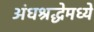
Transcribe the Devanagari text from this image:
अंधश्रद्धेमध्ये